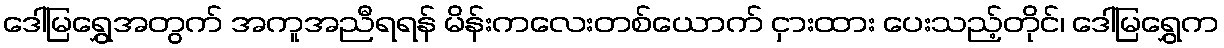
ဒေါ်မြရွှေအတွက် အကူအညီရရန် မိန်းကလေးတစ်ယောက် ငှားထား ပေးသည့်တိုင်၊ ဒေါ်မြရွှေက